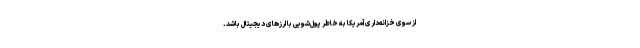
از سوی خزانه‌داری آمریکا به خاطر پول‌شویی با ارزهای دیجیتال باشد.